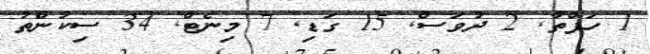
1 ހަފްތާ